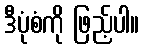
ဒီပုံစံကို ဖြည့်ပါ။